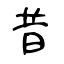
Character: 昔